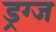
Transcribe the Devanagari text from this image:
ड्रग्ज